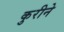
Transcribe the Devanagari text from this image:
कुरीने